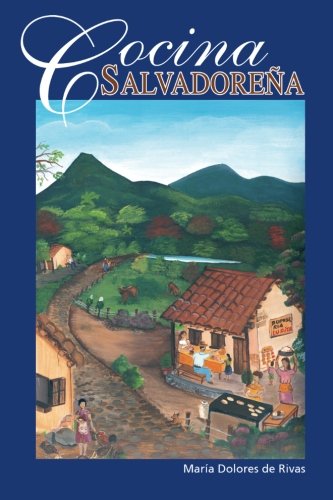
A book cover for Cocina SalvadoreÃ±a (Spanish Edition); Maria Dolores de Rivas; Cookbooks, Food & Wine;